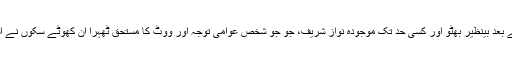
قائد کے بعد ذوالفقار علی بھُٹو، انکے بعد بینظیر بھُٹو اور کسی حد تک موجودہ نواز شریف، جو جو شخص عوامی توجہ اور ووٹ کا مستحق ٹھہرا ان کھوٹے سِکوں نے اُسکے تلوے چاٹنے شروع کر دیئے۔